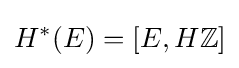
H^{*}(E)=[E,H\mathbb {Z} ]